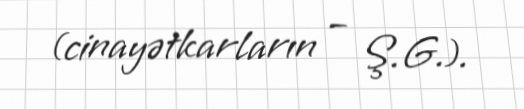
(cinayətkarların – Ş.G.).